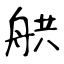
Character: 舼